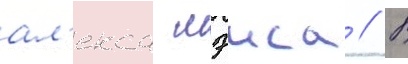
ал'екса мэиса // В